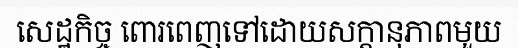
សេដ្ឋកិច្ច ពោរពេញទៅដោយសក្តានុភាពមួយ